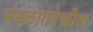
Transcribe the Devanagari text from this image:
मंडळातदेखील